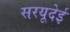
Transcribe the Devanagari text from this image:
सरयूदेई